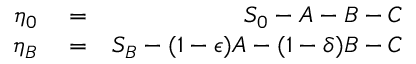
\begin{array} { r l r } { \eta _ { 0 } } & { { } = } & { S _ { 0 } - A - B - C } \\ { \eta _ { B } } & { { } = } & { S _ { B } - ( 1 - \epsilon ) A - ( 1 - \delta ) B - C } \end{array}